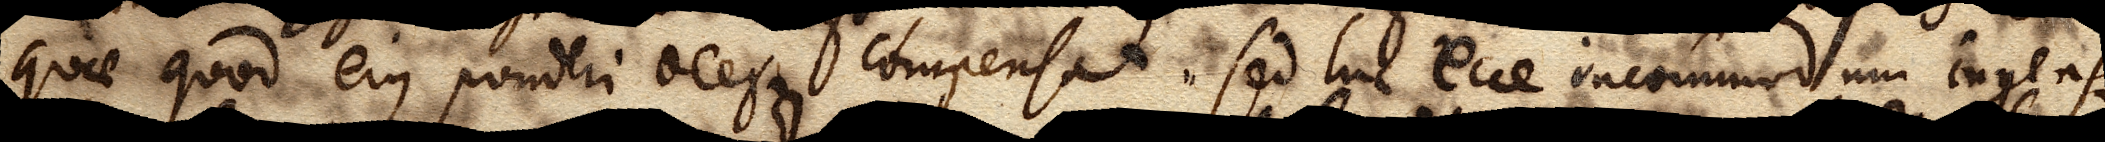
quae quod ejus ponderi deest compensat. Sed hic ecce incommodum ingens,